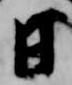
日